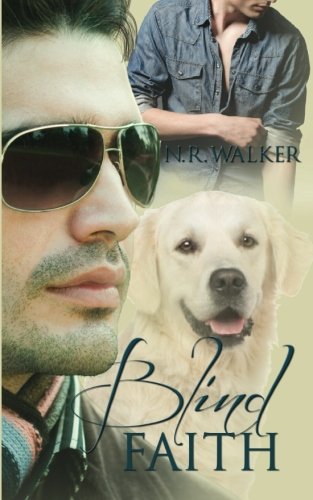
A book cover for Blind Faith (Volume 1); N.R. Walker; Romance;